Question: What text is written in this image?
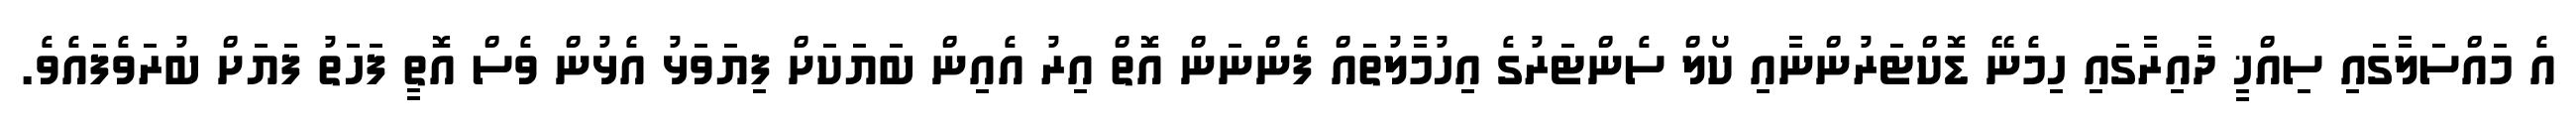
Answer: އެ މައްސަލާގައި ސިއްޚީ ދާއިރާގައި ހިމެނޭ ޑޮކްޓަރުންނާއި ކޯލް ސެންޓަރުގެ އިހުމާލުތައް ފެންނަން އޮތް އިރު އެއިން ބަޔަކަށް ފިޔަވަޅު އެޅުން ވެސް އޮތީ ފަހަތު ފަޔަށް ބުރަވެފައެވެ.